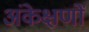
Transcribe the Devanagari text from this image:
अंकेक्षणों